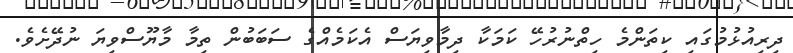
ދިރިއުޅުމުގައި ކިތަންމެ ހިތްނުރުހޭ ކަމަކާ ދިމާވިޔަސް އެކަމެއްގެ ސަބަބުން ތިމާ މާޔޫސްވިޔަ ނުދޭށެވެ.